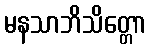
မနသာဘိသိတ္တော